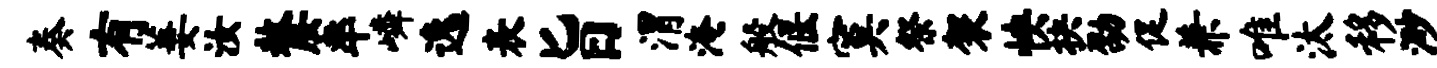
奏有萋汝嫠率嶙逸表旨渭淹般偃寞祭袈怏抉劭促兼唯汰移渺